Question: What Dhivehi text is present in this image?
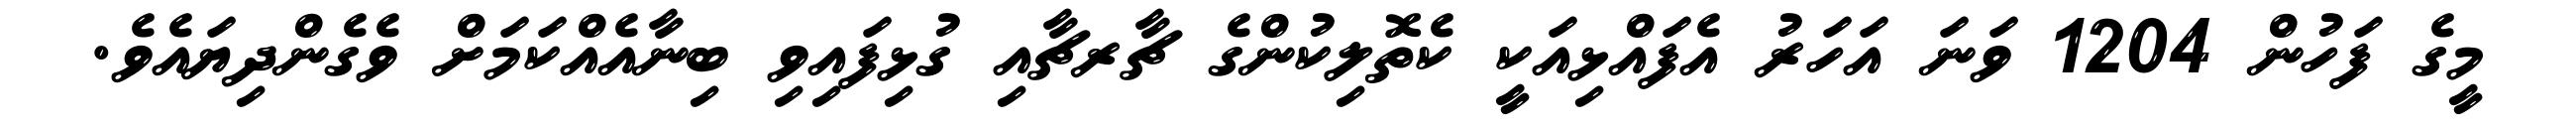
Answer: މީގެ ފަހުން 1204 ވަނަ އަހަރު އެފައްޅިއަކީ ކެތޮލިކުންގެ ޗާރޗާއި ގުޅިފައިވި ބިނާއެއްކަމަށް ވެގެންދިޔައެވެ.